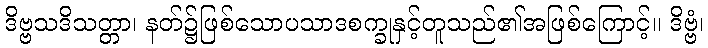
ဒိဗ္ဗသဒိသတ္တာ၊ နတ်၌ဖြစ်သောပသာဒစက္ခုနှင့်တူသည်၏အဖြစ်ကြောင့်။ ဒိဗ္ဗံ၊